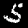
Digit: 5